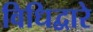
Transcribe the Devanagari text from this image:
विधिद्वारे